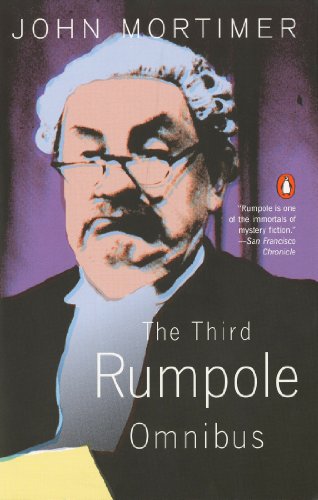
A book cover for The Third Rumpole Omnibus; John Mortimer; Mystery, Thriller & Suspense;